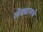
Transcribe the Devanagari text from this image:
खेड्यामधे